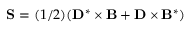
{ \bf S } = ( { 1 } / { 2 } ) ( { \bf D } ^ { * } \times { \bf B } + { \bf D } \times { \bf B } ^ { * } )